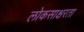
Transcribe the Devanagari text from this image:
लोकसाक्षरता